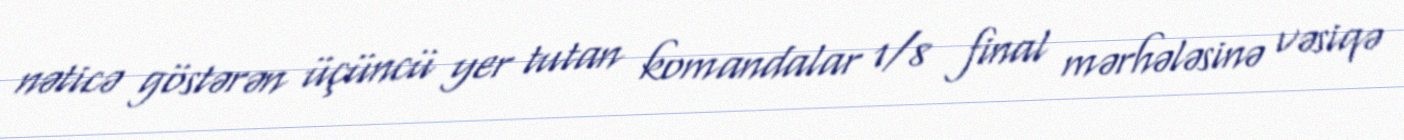
nəticə göstərən üçüncü yer tutan komandalar 1/8 final mərhələsinə vəsiqə